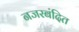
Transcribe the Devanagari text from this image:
नजरबंदित